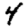
Digit: 4